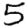
Digit: 5